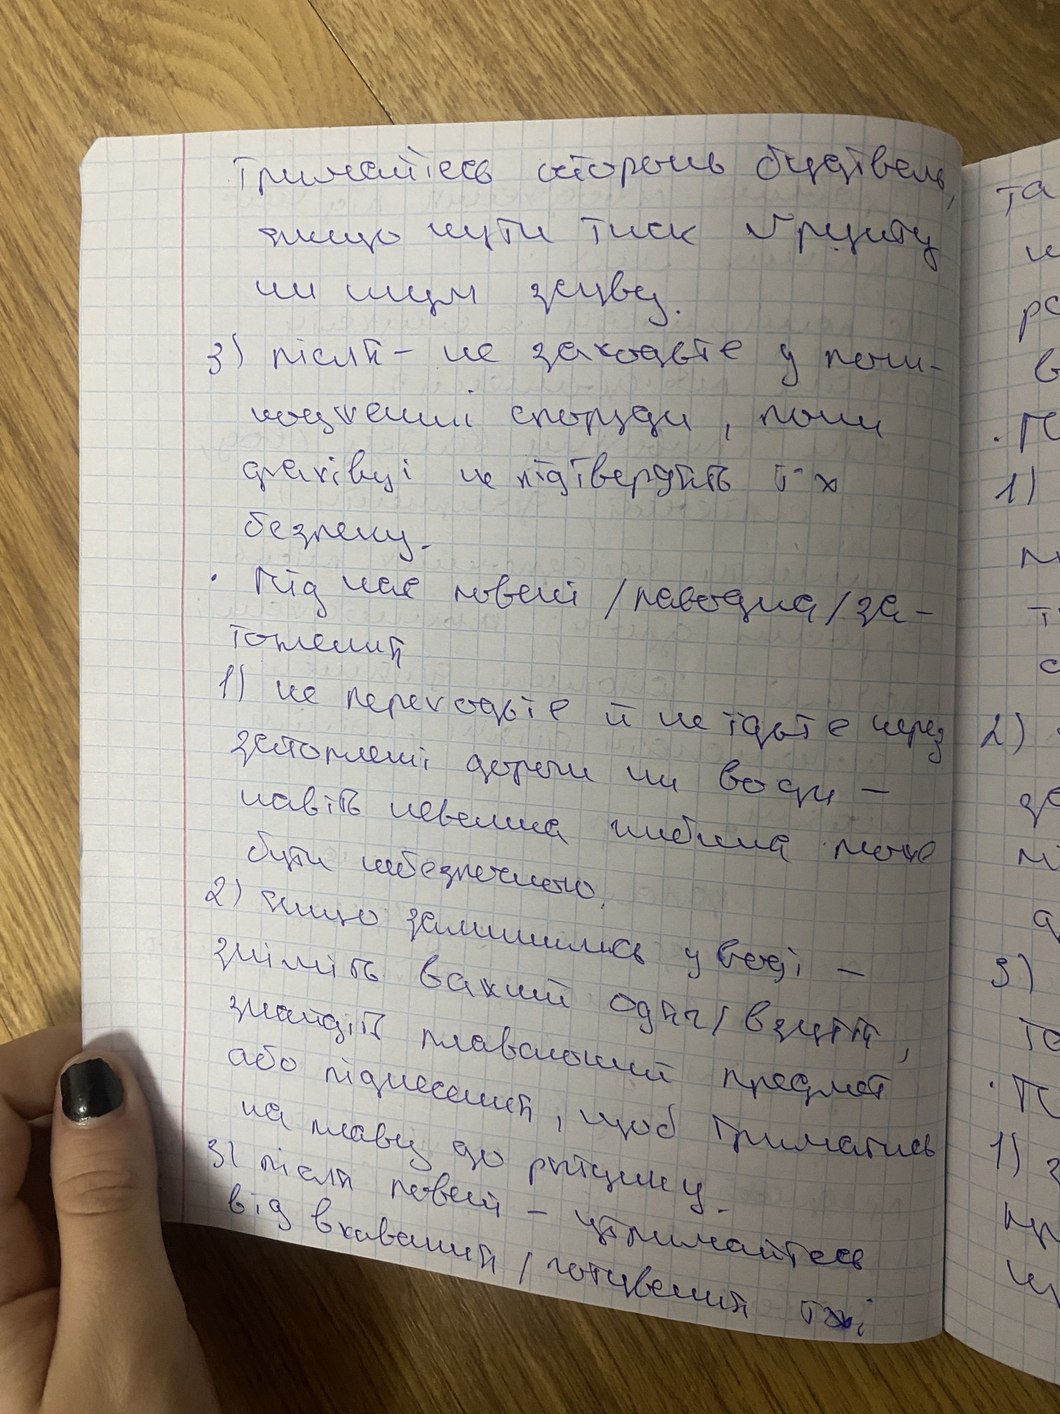
Тримайтесь осторонь будівель,
та
якщо чути тиск ґрунту
и
чи шум зсуву.
рс
3) після- не заходьте у пош-
в
коджені споруди, поки
гс
фахівці не підтвердять їх
1)
безпеку.
м
· Під час повені/ поводна/ за-
т
топлення
1) не переходьте й не їдьте через
2)
затоплені дороги чи води-
за
навіть невелика глибина може
бути небезпечною
м
2) якщо залишились у воді -
а
3)
зніміть важкий одяг/взуття,
знайдіть плавоючий предмет
то
або піднесений, щоб триматись
на плаву до рятунку.
1)
3) після повені - утримайтесь
від вживання/готування їжі
ш